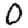
Digit: 0